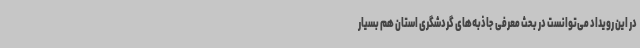
در این رویداد می‌توانست در بحث معرفی جاذبه‌های گردشگری استان هم بسیار